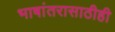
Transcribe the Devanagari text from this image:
भाषांतरासाठीही